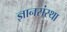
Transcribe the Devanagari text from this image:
ज्ञानसंस्था